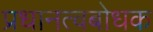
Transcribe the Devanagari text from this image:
प्रधानत्वबोधक